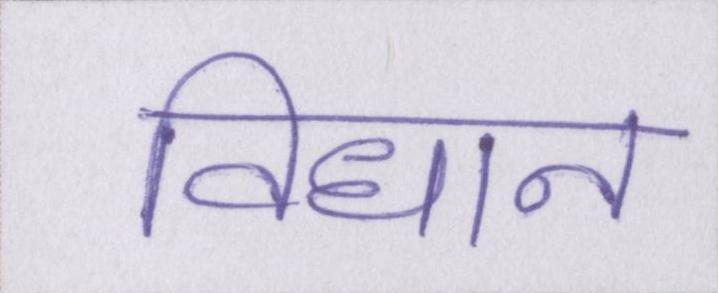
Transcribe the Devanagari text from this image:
विधान